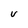
Character: V